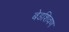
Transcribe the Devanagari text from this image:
बेडशिवण